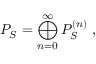
P _ { S } = \bigoplus _ { n = 0 } ^ { \infty } P _ { S } ^ { ( n ) } \; ,